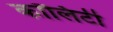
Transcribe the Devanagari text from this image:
कॉलिटी